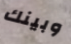
وبينك